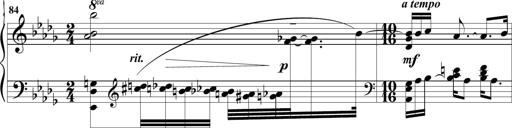
Title: Sonatine MÃ©lancolique
Composer: Julian Raoul Besset